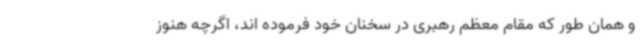
و همان طور که مقام معظم رهبری در سخنان خود فرموده اند، اگرچه هنوز